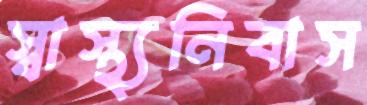
স্বাস্থ্যনিবাস